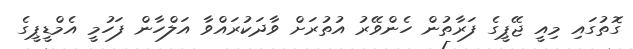
ގޮތުގައި މިއީ ޖޭޕީގެ ފަރާތުން ހެންވޭރު އުތުރަށް ވާދަކުރައްވާ އަލްހާން ފަހުމީ އެމްޑީޕީގެ